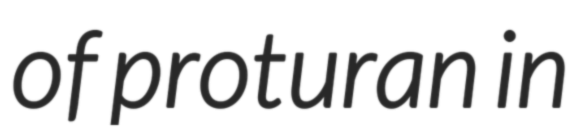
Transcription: of proturan in